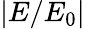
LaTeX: |E/E_{0}|